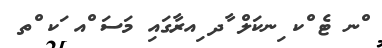
ްނ ޓެ ްކ ިނކަލް ާދ ިއރާގައި މަސަ ްއ ަކ ްތ